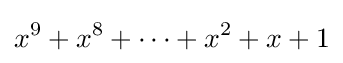
x^{9}+x^{8}+\cdots +x^{2}+x+1